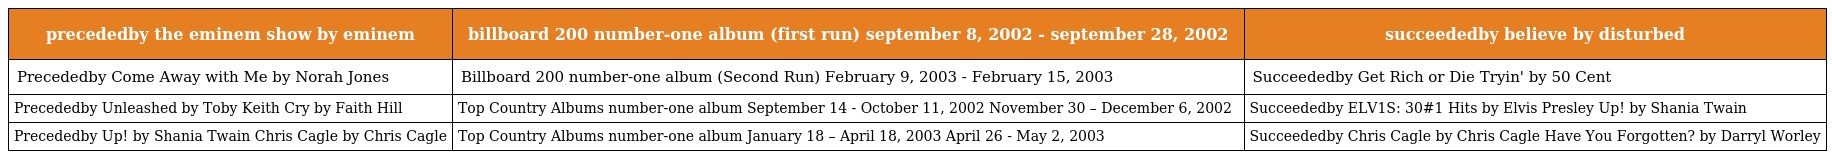
| precededby the eminem show by eminem | billboard 200 number-one album (first run) september 8, 2002 - september 28, 2002 | succeededby believe by disturbed |
 | --- | --- | --- |
 | Precededby Come Away with Me by Norah Jones | Billboard 200 number-one album (Second Run) February 9, 2003 - February 15, 2003 | Succeededby Get Rich or Die Tryin' by 50 Cent |
 | Precededby Unleashed by Toby Keith Cry by Faith Hill | Top Country Albums number-one album September 14 - October 11, 2002 November 30 – December 6, 2002 | Succeededby ELV1S: 30#1 Hits by Elvis Presley Up! by Shania Twain |
 | Precededby Up! by Shania Twain Chris Cagle by Chris Cagle | Top Country Albums number-one album January 18 – April 18, 2003 April 26 - May 2, 2003 | Succeededby Chris Cagle by Chris Cagle Have You Forgotten? by Darryl Worley |